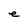
Character: e